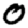
Digit: 0